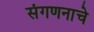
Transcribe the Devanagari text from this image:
संगणनाचे